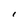
Character: I